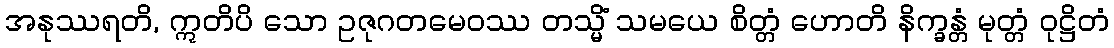
အနုဿရတိ, ဣတိပိ သော ဥဇုဂတမေဝဿ တသ္မိံ သမယေ စိတ္တံ ဟောတိ နိက္ခန္တံ မုတ္တံ ဝုဋ္ဌိတံ